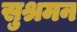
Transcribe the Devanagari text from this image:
सुश्रमन